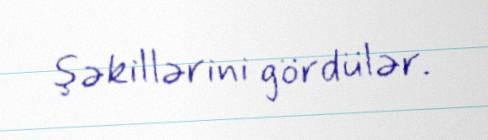
şəkillərini gördülər.